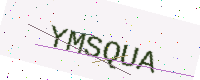
Text: YMSQUA